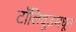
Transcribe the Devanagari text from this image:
टॉलिवूडमधून